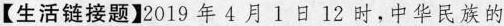
【生活链接题】2019年4月1日12时，中华民族的